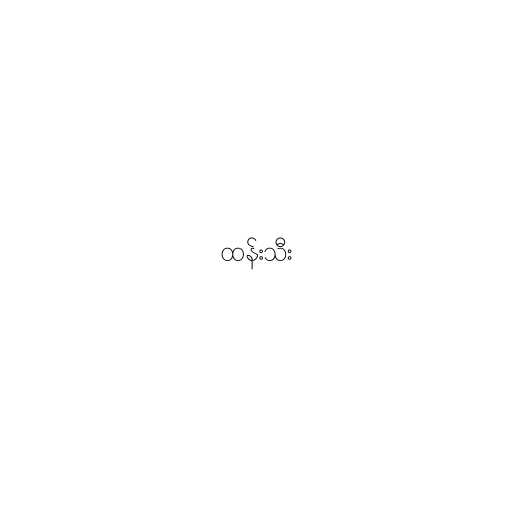
ထန်းသီး